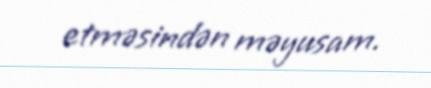
etməsindən məyusam.